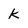
Character: k